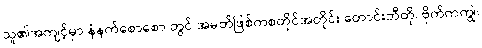
သူ၏အကျင့်မှာ နံနက်စောစော တွင် အမတ်ဖြစ်ကစတိုင်အတိုင်း တောင်းဘီတို၊ ဗိုက်ကကျွဲ၊